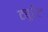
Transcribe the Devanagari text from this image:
ट्यूरेट